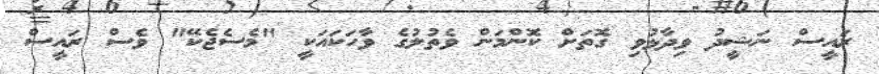
ރައީސް ނަޝީދު ވިދާޅުވި ގޮތަށް ކޮންމަން ވެތުލުގެ ވާހަކައަކީ "މެސެޖެކޭ" ވެސް ރައީސް